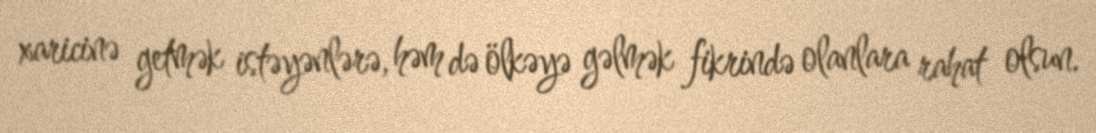
xaricinə getmək istəyənlərə, həm də ölkəyə gəlmək fikrində olanlara rahat olsun.